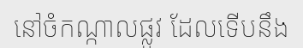
នៅចំកណ្កាលផ្លូវ ដែលទើបនឹង